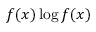
f ( x ) \log f ( x )